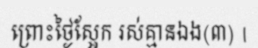
ព្រោះថ្ងៃស្អែក រស់គ្មានឯង(៣) |